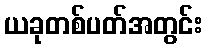
ယခုတစ်ပတ်အတွင်း